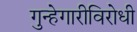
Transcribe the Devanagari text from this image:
गुन्हेगारीविरोधी